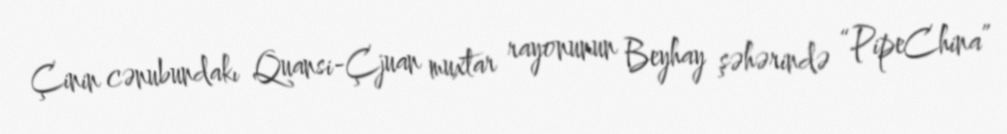
Çinin cənubundakı Quansi-Çjuan muxtar rayonunun Beyhay şəhərində “PipeChina”